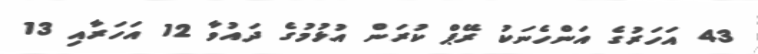
43 އަހަރުގެ އަންހެނަކު ރޭޕް ކުރަން އުޅުމުގެ ދައުވާ 12 އަހަރާއި 13